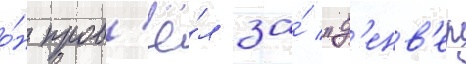
о́н пров'ё́л за́ "д'енв'ер